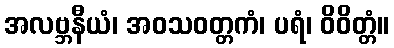
အလဗ္ဘနီယံ၊ အဝသဝတ္တကံ၊ ပရံ၊ ဝိဝိတ္တံ။